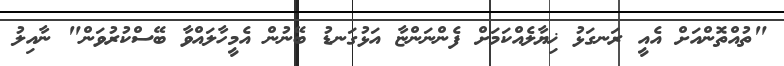
"ތުއްތޮންއަށް އެއީ ރަނގަޅު ޚިޔާލެއްކަމަށް ފެންނަންޏާ އަޅުގަނޑު ބޭނުން އެމީހާލައްވާ ބޭސްކުރުވަން" ނާއިލު